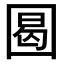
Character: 𡇼